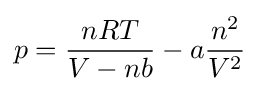
p={\frac {nRT}{V-nb}}-a{\frac {n^{2}}{V^{2}}}